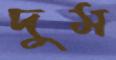
দুম